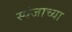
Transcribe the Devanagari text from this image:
स्पंजाच्या